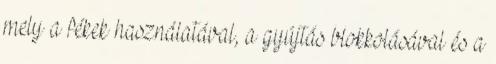
mely a fékek használatával, a gyújtás blokkolásával és a